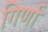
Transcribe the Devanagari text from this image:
गिर्णा